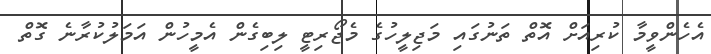
އެހެންވީމާ ކުރިއަށް އޮތް ތަނުގައި މަޖިލީހުގެ މެޖޯރިޓީ ލިބިގެން އެމީހުން އަމަލުކުރާނެ ގޮތް